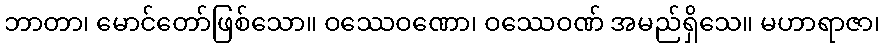
ဘာတာ၊ မောင်တော်ဖြစ်သော။ ဝဿေဝဏော၊ ဝဿေဝဏ် အမည်ရှိသေ။ မဟာရာဇာ၊